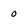
Character: o